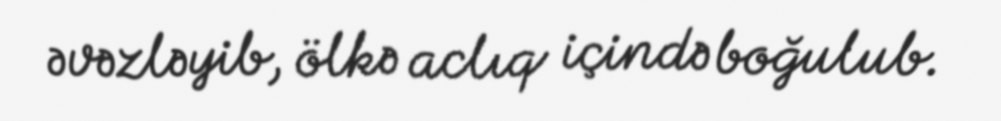
əvəzləyib, ölkə aclıq içində boğulub.